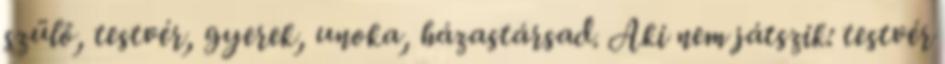
szülő, testvér, gyerek, unoka, házastársad. Aki nem játszik: testvér